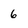
Character: 6